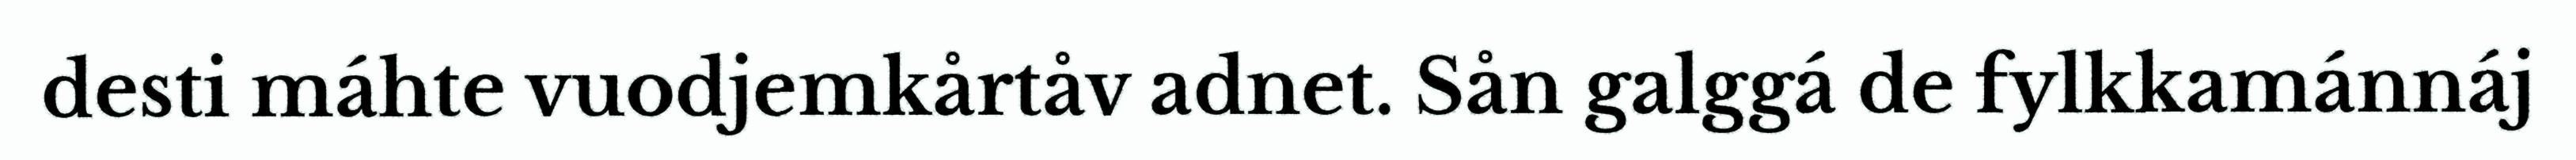
desti máhte vuodjemkårtåv adnet. Sån galggá de fylkkamánnáj